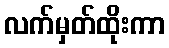
လက်မှတ်ထိုးကာ